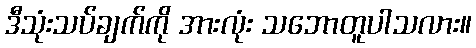
ဒီသုံးသပ်ချက်ကို အားလုံး သဘောတူပါသလား။